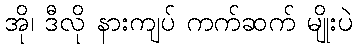
အို၊ ဒီလို နားကျပ် ကက်ဆက် မျိုးပဲ